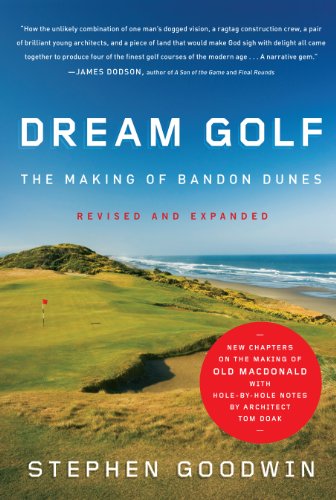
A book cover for Dream Golf: The Making of Bandon Dunes, Revised and Expanded; Stephen Goodwin; Biographies & Memoirs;